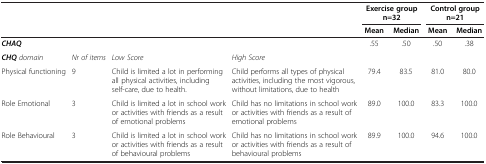
| <ROWSPAN=2-COLSPAN=4>  | <COLSPAN=2> Exercise group n=32 | <COLSPAN=2> Control group n=21 |
 | Mean | Median | Mean | Median |
 | --- | --- | --- | --- | --- | --- | --- | --- |
 | CHAQ |  |  |  | .55 | .50 | .50 | .38 |
 | CHQdomain | Nr of items | Low Score | High Score |  |  |  |  |
 | Physical functioning | 9 | Child is limited a lot in performing all physical activities, including self-care, due to health. | Child performs all types of physical activities, including the most vigorous, without limitations, due to health | 79.4 | 83.5 | 81.0 | 80.0 |
 | Role Emotional | 3 | Child is limited a lot in school work or activities with friends as a result of emotional problems | Child has no limitations in school work or activities with friends as a result of emotional problems | 89.0 | 100.0 | 83.3 | 100.0 |
 | Role Behavioural | 3 | Child is limited a lot in school work or activities with friends as a result of behavioural problems | Child has no limitations in school work or activities with friends as a result of behavioural problems | 89.9 | 100.0 | 94.6 | 100.0 |